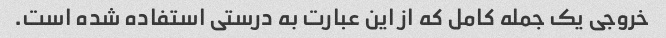
خروجی یک جمله کامل که از این عبارت به درستی استفاده شده است.